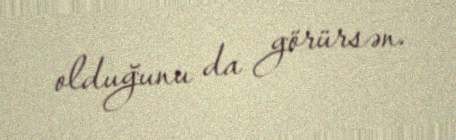
olduğunu da görürsən.